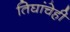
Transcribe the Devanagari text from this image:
तिघांचेही